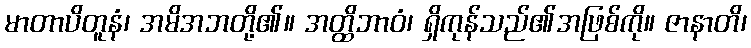
မာတာပိတူနံ၊ အမိအဘတို့၏။ အတ္ထိဘာဝံ၊ ရှိကုန်သည်၏အဖြစ်ကို။ ဇာနာတိ၊